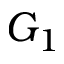
G _ { 1 }